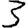
Digit: 3